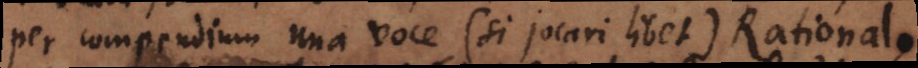
per compendium una voce (si jocari libet) Rational,